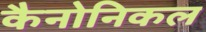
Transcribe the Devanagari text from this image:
कैनोनिकल